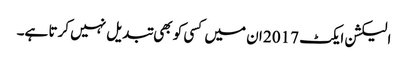
الیکشن ایکٹ 2017 ان میں کسی کو بھی تبدیل نہیں کرتا ہے۔